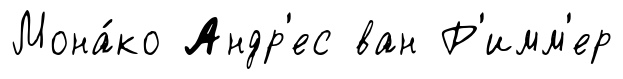
Мона́ко Андр'ес ван Р'имм'ер